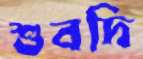
শুবদি